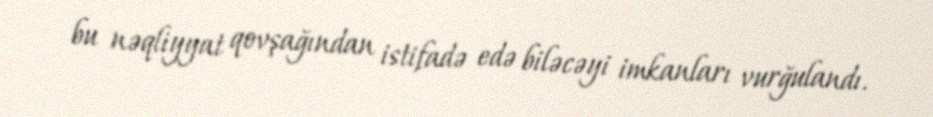
bu nəqliyyat qovşağından istifadə edə biləcəyi imkanları vurğulandı.